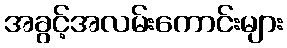
အခွင့်အလမ်းကောင်းများ